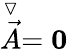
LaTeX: \stackrel{\triangledown}{\vec{A}}={\mathbf 0}